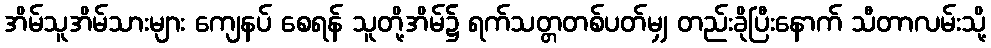
အိမ်သူအိမ်သားများ ကျေနပ် စေရန် သူတို့အိမ်၌ ရက်သတ္တတစ်ပတ်မျှ တည်းခိုပြီးနောက် သီတာလမ်းသို့